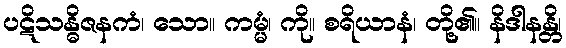
ပဋိသန္ဓိဇနကံ၊ သော။ ကမ္မံ၊ ကို။ စရိယာနံ၊ တို့၏။ နိဒါနန္တိ၊